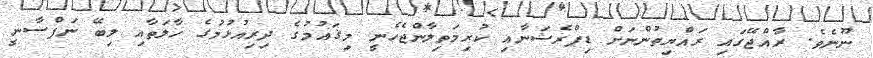
ނޫނެވެ. ރާއްޖޭގައި ރައްޔިތުންނަށް ޑިޕްރެޝަނާއި ކުރިމަތިލާންޖެހެނީ މިޤައުމުގެ ދިރިއުޅުމުގެ ހާލަތާއި ލިބޭ ނަފްސާނީ